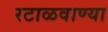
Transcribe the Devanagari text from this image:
रटाळवाण्या